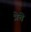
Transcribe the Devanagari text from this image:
त्रेचे